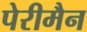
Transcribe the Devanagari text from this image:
पेरीमैन